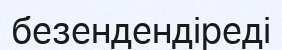
безендендіреді